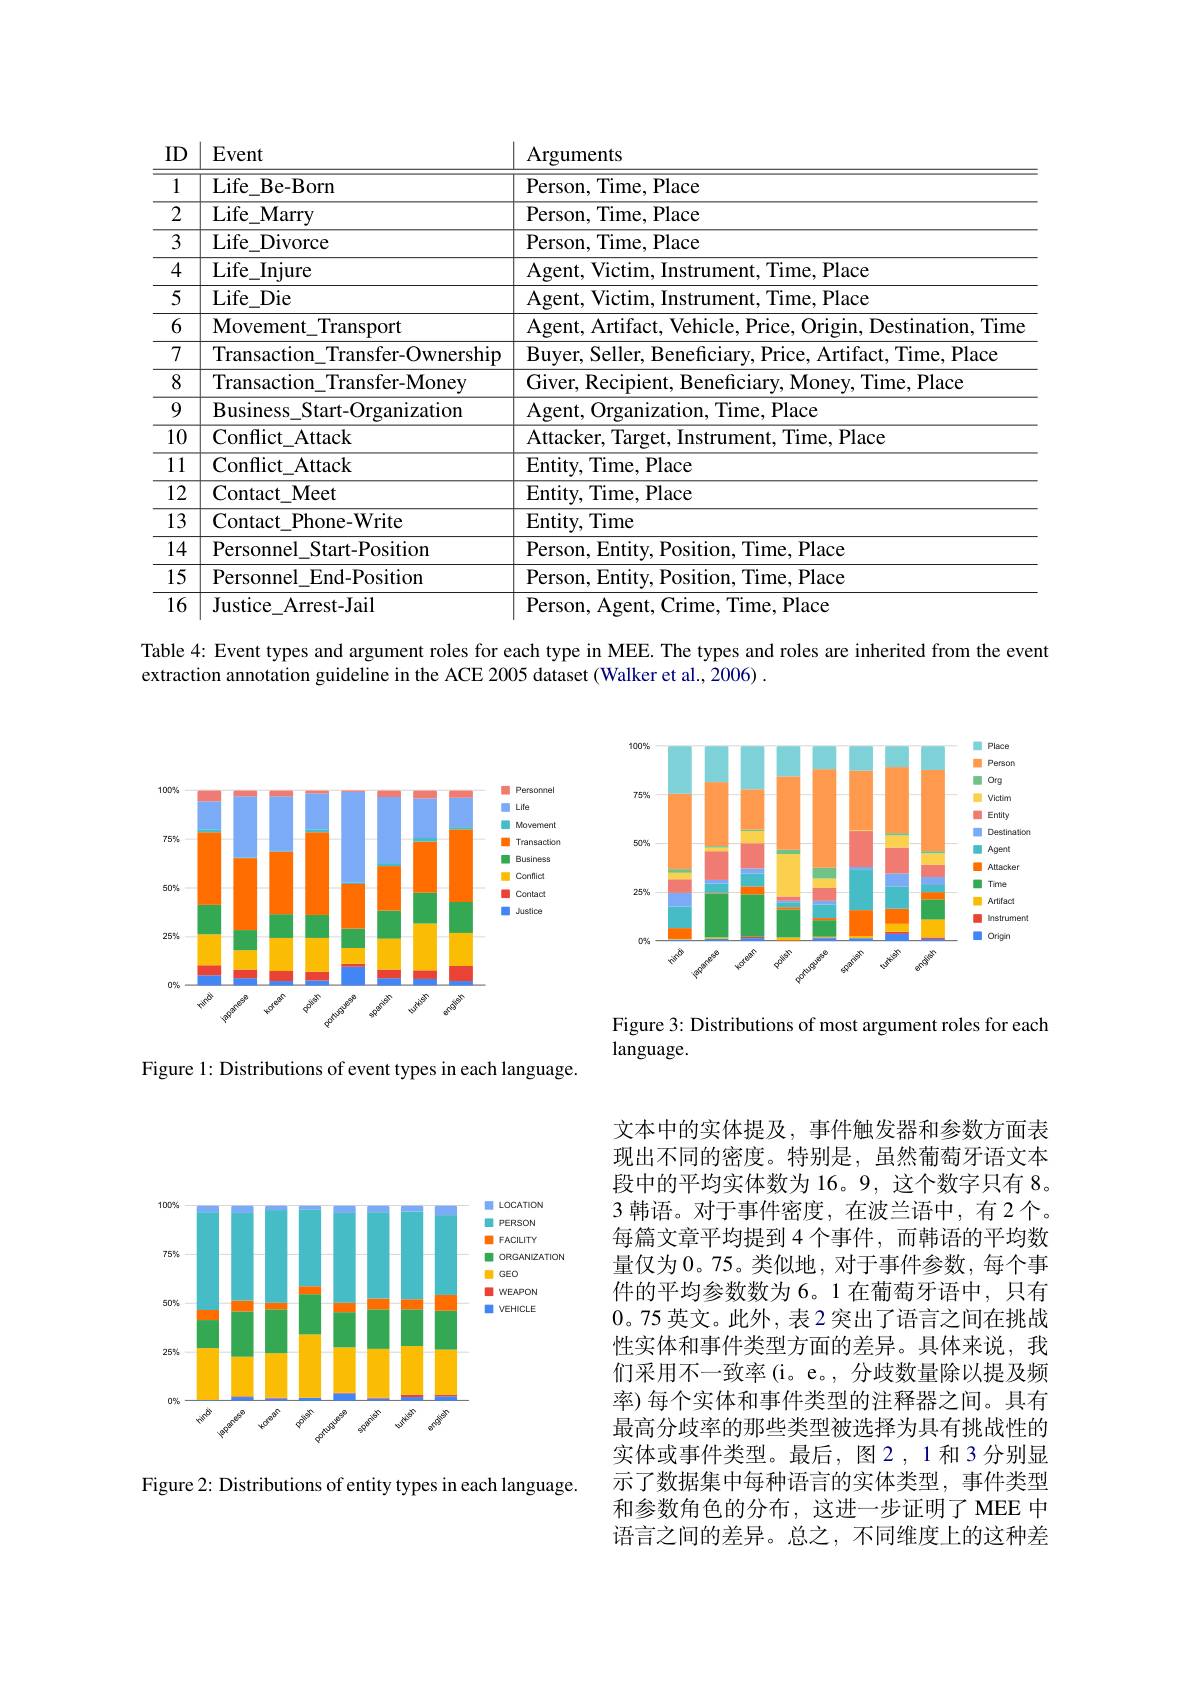
<table>
	<tbody>
		<tr>
			<th>ID</th>
			<th>Event</th>
			<th>$\operatorname{Arguments}$</th>
		</tr>
		<tr>
			<td>1</td>
			<td>Life ${\mathrm{e-Born}}$</td>
			<td>Person, $\overline{{\mathrm{Time,~Place}}}$</td>
		</tr>
		<tr>
			<td>2</td>
			<td>Life $e_{- }$Marry</td>
			<td>$\overline{\mathrm{Person,~Time,~Place}}$</td>
		</tr>
		<tr>
			<td>3</td>
			<td>Life - Divorce</td>
			<td>$\overline{\mathrm{Person,~Time,~Place}}$</td>
		</tr>
		<tr>
			<td>4</td>
			<td>$: \_$Injure Life</td>
			<td>,Place $\mathbf{A}_{\boldsymbol{\sigma}\boldsymbol{e}\boldsymbol{nt}}$ Victim $11me$</td>
		</tr>
		<tr>
			<td>5</td>
			<td>Life$\_$Die</td>
			<td>$\mathbf{A}\boldsymbol{o}\boldsymbol{e}\boldsymbol{nt}$ ,Place V1Ct1m $11me$</td>
		</tr>
		<tr>
			<td>6</td>
			<td>Movement$\_$Transport</td>
			<td>$11me$</td>
		</tr>
		<tr>
			<td>7</td>
			<td>Transaction\_Transfer-Ownership</td>
			<td>,Place Buver $|1me$</td>
		</tr>
		<tr>
			<td>8</td>
			<td>Transaction\_Transfer-Money</td>
			<td>$,\mathbf{Place}$ $({\mathrm{i1ver}}$ $11me$</td>
		</tr>
		<tr>
			<td>9</td>
			<td>Business\_Start-Organization</td>
			<td>,Place $\mathbf{Agent}$ $|1me$</td>
		</tr>
		<tr>
			<td>$\overline{10}$</td>
			<td>Conflict$\_$Attack</td>
			<td>Attacker Place $11me$</td>
		</tr>
		<tr>
			<td>$\overline{11}$</td>
			<td>Conflict Attack</td>
			<td>$\overline{{\mathrm{Entity,~Time,~Place}}}$</td>
		</tr>
		<tr>
			<td>$\overline{12}$</td>
			<td>Contact$\_$Meet</td>
			<td>$\overline{{\mathrm{Entity,~Time,~Place}}}$</td>
		</tr>
		<tr>
			<td>$\overline{13}$</td>
			<td>Contact t Phone-Write</td>
			<td>Entity, Time</td>
		</tr>
		<tr>
			<td>$\overline{14}$</td>
			<td>Personnel Start-Position</td>
			<td>$\operatorname{Person}$, lime ,Place $F_{\mathrm{intitv}}$ ositiom</td>
		</tr>
		<tr>
			<td>$\overline{15}$</td>
			<td>Personnel End-Position</td>
			<td>Person, ,Place $1me$</td>
		</tr>
		<tr>
			<td>$\overline{16}$</td>
			<td>Justice Arrest-Jail</td>
			<td>Person gent Time, Place $\Upsilon1me$</td>
		</tr>
	</tbody>
</table>

Table 4: Event types and argument roles for each type in MEE. The types and roles are inherited from the event
extraction annotation guideline in the ACE 2005 dataset (Walker et al., 2006) .

<FigureHere>

language.

Figure 1: Distributions of event types in each language.

<FigureHere>

文本中的实体提及，事件触发器和参数方面表现出不同的密度。特别是，虽然葡萄牙语文本段中的平均实体数为 16。9, 这个数字只有 8。3 韩语。对于事件密度，在波兰语中，有2个。每篇文章平均提到4个事件，而韩语的平均数量仅为 0。75。类似地，对于事件参数，每个事件的平均参数数为 6。1 在葡萄牙语中，只有0。75 英文。此外，表2突出了语言之间在挑战性实体和事件类型方面的差异。具体来说，我们采用不一致率(i。e。,分歧数量除以提及频率) 每个实体和事件类型的注释器之间。具有最高分歧率的那些类型被选择为具有挑战性的实体或事件类型。最后，图2，1和3分别显示了数据集中每种语言的实体类型，事件类型和参数角色的分布，这进一步证明了 MEE 中语言之间的差异。总之，不同维度上的这种差

Figure 2: Distributions of entity types in each language.